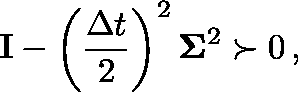
\mathbf I - \left( \frac { \Delta t } { 2 } \right) ^ { 2 } \mathbf { \Sigma } ^ { 2 } \succ 0 \, ,